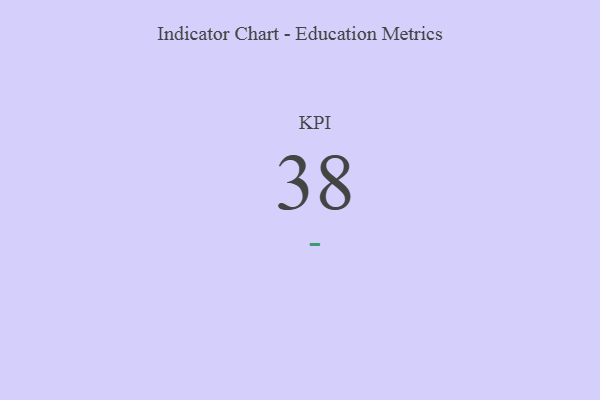
{"axis": {"x": "KPI", "y": "Value"}, "legend": [""], "data": [{"x": "KPI", "y": 38, "type": ""}]}